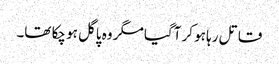
قاتل رہا ہو کر آگیا مگر وہ پاگل ہو چکا تھا۔